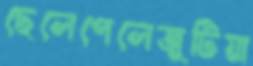
ছেলেপেলেজুটিয়া